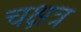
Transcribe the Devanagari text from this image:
चक्षत्र